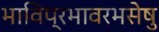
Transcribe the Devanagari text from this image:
भाविप्रभावरभसेषु